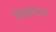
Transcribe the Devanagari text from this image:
विक्रमाचा